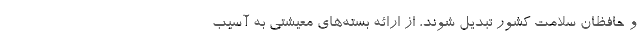
و حافظان سلامت کشور تبدیل شوند، از ارائه بسته‌های معیشتی به آسیب‌